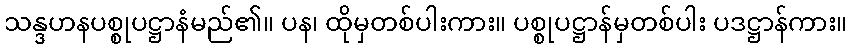
သန္ဒဟနပစ္စုပဋ္ဌာနံမည်၏။ ပန၊ ထိုမှတစ်ပါးကား။ ပစ္စုပဋ္ဌာန်မှတစ်ပါး ပဒဋ္ဌာန်ကား။